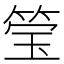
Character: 𮵳